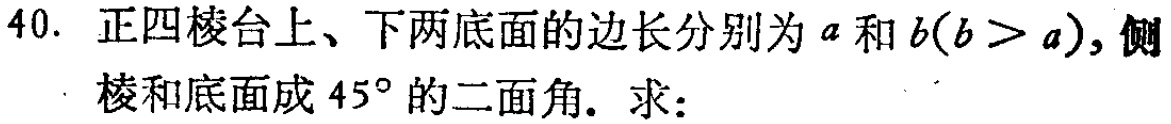
40. 正四棱台上、下两底面的边长分别为\(a\)和\(b(b > a)\)，侧棱和底面成\(45^{\circ}\)的二面角. 求：